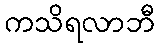
ကသိရလာဘီ